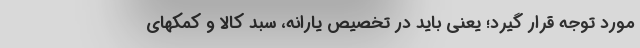
مورد توجه قرار گیرد؛ یعنی باید در تخصیص یارانه، سبد کالا و کمکهای